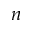
n